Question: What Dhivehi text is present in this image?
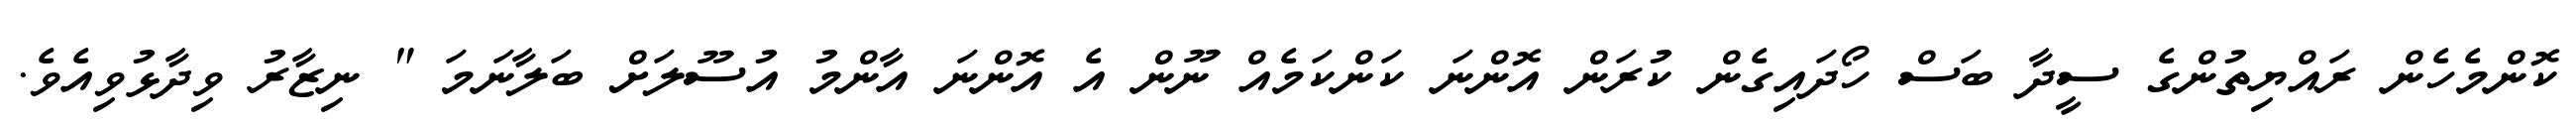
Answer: ކޮންމެހެން ރައްޔިތުންގެ ސީދާ ބަސް ހޯދައިގެން ކުރަން އޮންނަ ކަންކަމެއް ނޫން އެ އޮންނަ އާންމު އުސޫލަށް ބަލާނަމަ " ނިޒާރު ވިދާޅުވިއެވެ.